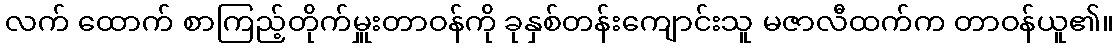
လက် ထောက် စာကြည့်တိုက်မှူးတာဝန်ကို ခုနှစ်တန်းကျောင်းသူ မဇာလီထက်က တာဝန်ယူ၏။